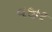
વજીર